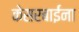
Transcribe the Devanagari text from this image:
केसरबाईंना